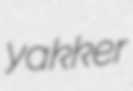
yakker